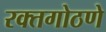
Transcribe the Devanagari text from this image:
रक्तगोठणे